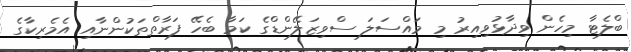
ބްލެޓާ މިހެން ވިދާޅުވިއިރު މި މައްސަލަ ސްވިޒަލޭންޑްގެ ކަމާ ބެހޭ ފަރާތްތަކުންނާއި އެމެރިކާގެ